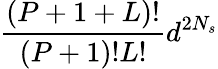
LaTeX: \frac{(P+1+L)!}{(P+1)!L!}d^{2N_{s}}